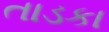
તાડકા